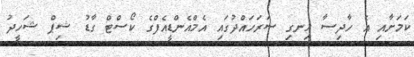
ކަމަށާއި އެ ހާދިސާ ހިނގި ސަރަހައްދުގައި އެމްއެންޑީއެފްގެ ކޯސްޓް ގާޑު ޝިޕް ޝަހީދު